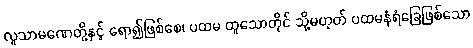
လူသာမဏေတို့နှင့် ရော၍ဖြစ်စေ၊ ပထမ ထူသောတိုင် သို့မဟုတ် ပထမနံရံခြေဖြစ်သော